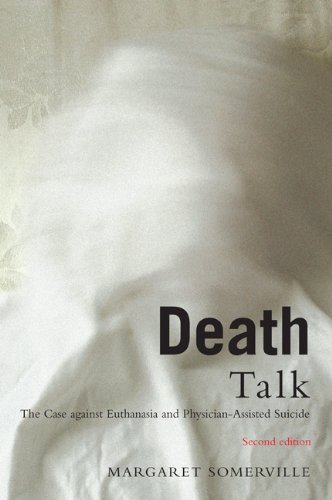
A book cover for Death Talk, Second Edition: The Case Against Euthanasia and Physician-Assisted Suicide; Margaret Somerville; Medical Books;